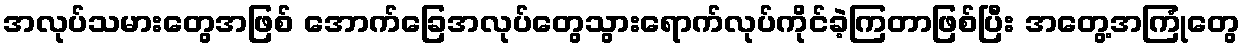
အလုပ်သမားတွေအဖြစ် အောက်ခြေအလုပ်တွေသွားရောက်လုပ်ကိုင်ခဲ့ကြတာဖြစ်ပြီး အတွေ့အကြုံတွေ